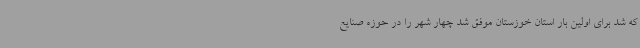
که شد برای اولین بار استان خوزستان موفق شد چهار شهر را در حوزه صنایع